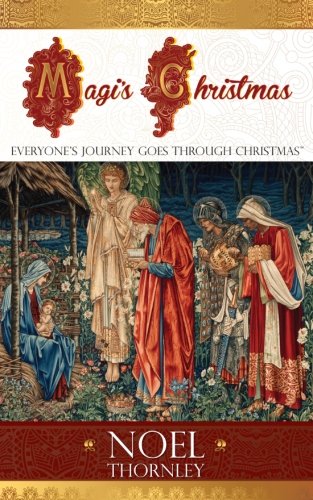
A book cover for Magi's Christmas: Everyone's Journey Goes Through Christmas; Noel Thornley; Christian Books & Bibles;